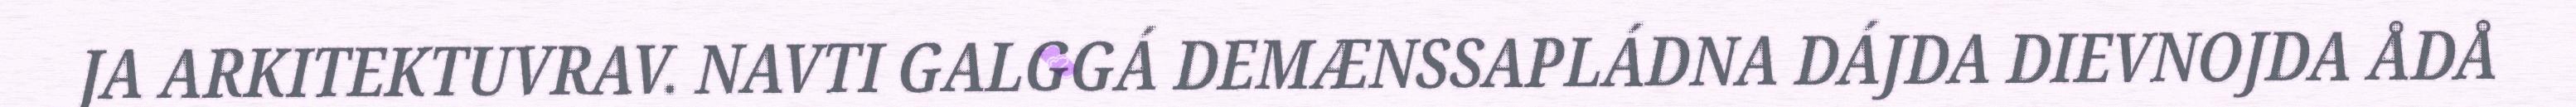
JA ARKITEKTUVRAV. NAVTI GALGGÁ DEMÆNSSAPLÁDNA DÁJDA DIEVNOJDA ÅDÅ